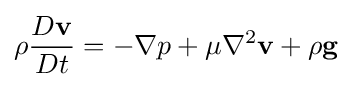
\rho {D\mathbf {v}  \over Dt}=-\nabla p+\mu \nabla ^{2}\mathbf {v} +\rho \mathbf {g}